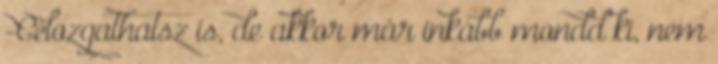
-Célozgathatsz is, de akkor már inkább mondd ki, nem